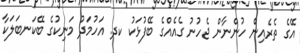
އޭގެ ތެރެއިން ހުންނާން ޖެހުނު ގެއެއްގެ ބޭފުޅަކު ކދ. އަހުމަދު މަނިކުގެ ބޭކަނބަލަކާ